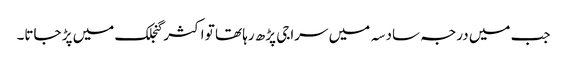
جب میں درجہ سادسہ میں سراجی پڑھ رہا تھا تو اکثر گنجلک میں پڑ جاتا۔